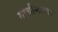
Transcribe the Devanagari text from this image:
माचीसारखा